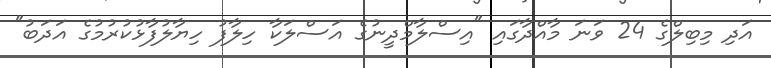
އަދި މިބިލްގެ 24 ވަނަ މާއްދާގައި "އިސްލާމްދީނުގެ އަސްލަކާ ހިލާފު ހިޔާލުފާޅުކުރުމުގެ އަދަބު"